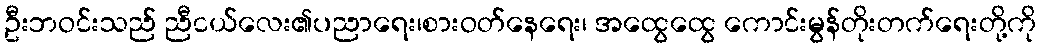
ဦးဘဝင်းသည် ညီငယ်လေး၏ပညာရေး၊စားဝတ်နေရေး၊ အထွေထွေ ကောင်းမွန်တိုးတက်ရေးတို့ကို